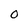
Character: O